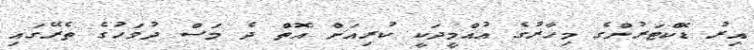
އިރު ޑޮކްޓަރުންގެ މިހާރުގެ އުއްމީދަކީ ކުރިއަށް އޮތް ދެ މަސް ދުވަހުގެ ތެރޭގައި